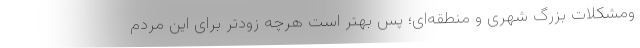
ومشکلات بزرگ شهری و منطقه‌ای؛ پس بهتر است هرچه زودتر برای این مردم